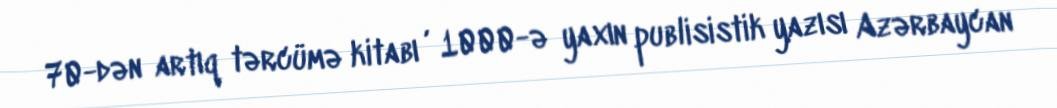
70-dən artıq tərcümə kitabı , 1000-ə yaxın publisistik yazısı Azərbaycan